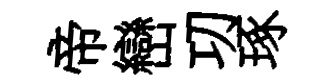
帝巒㓛琢